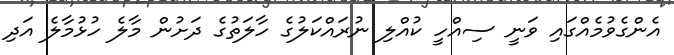
އެންގެވުމެއްގައި ވަނީ ސިއްހީ ކުއްލި ނުރައްކަލުގެ ހާލަތުގެ ދަށުން މާލެ ހުޅުމާލެ އަދި